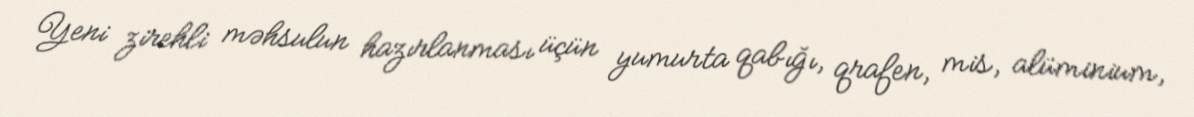
Yeni zirehli məhsulun hazırlanması üçün yumurta qabığı, qrafen, mis, alüminium,